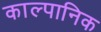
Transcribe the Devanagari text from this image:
काल्पानिक